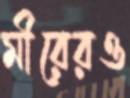
মীরেরও